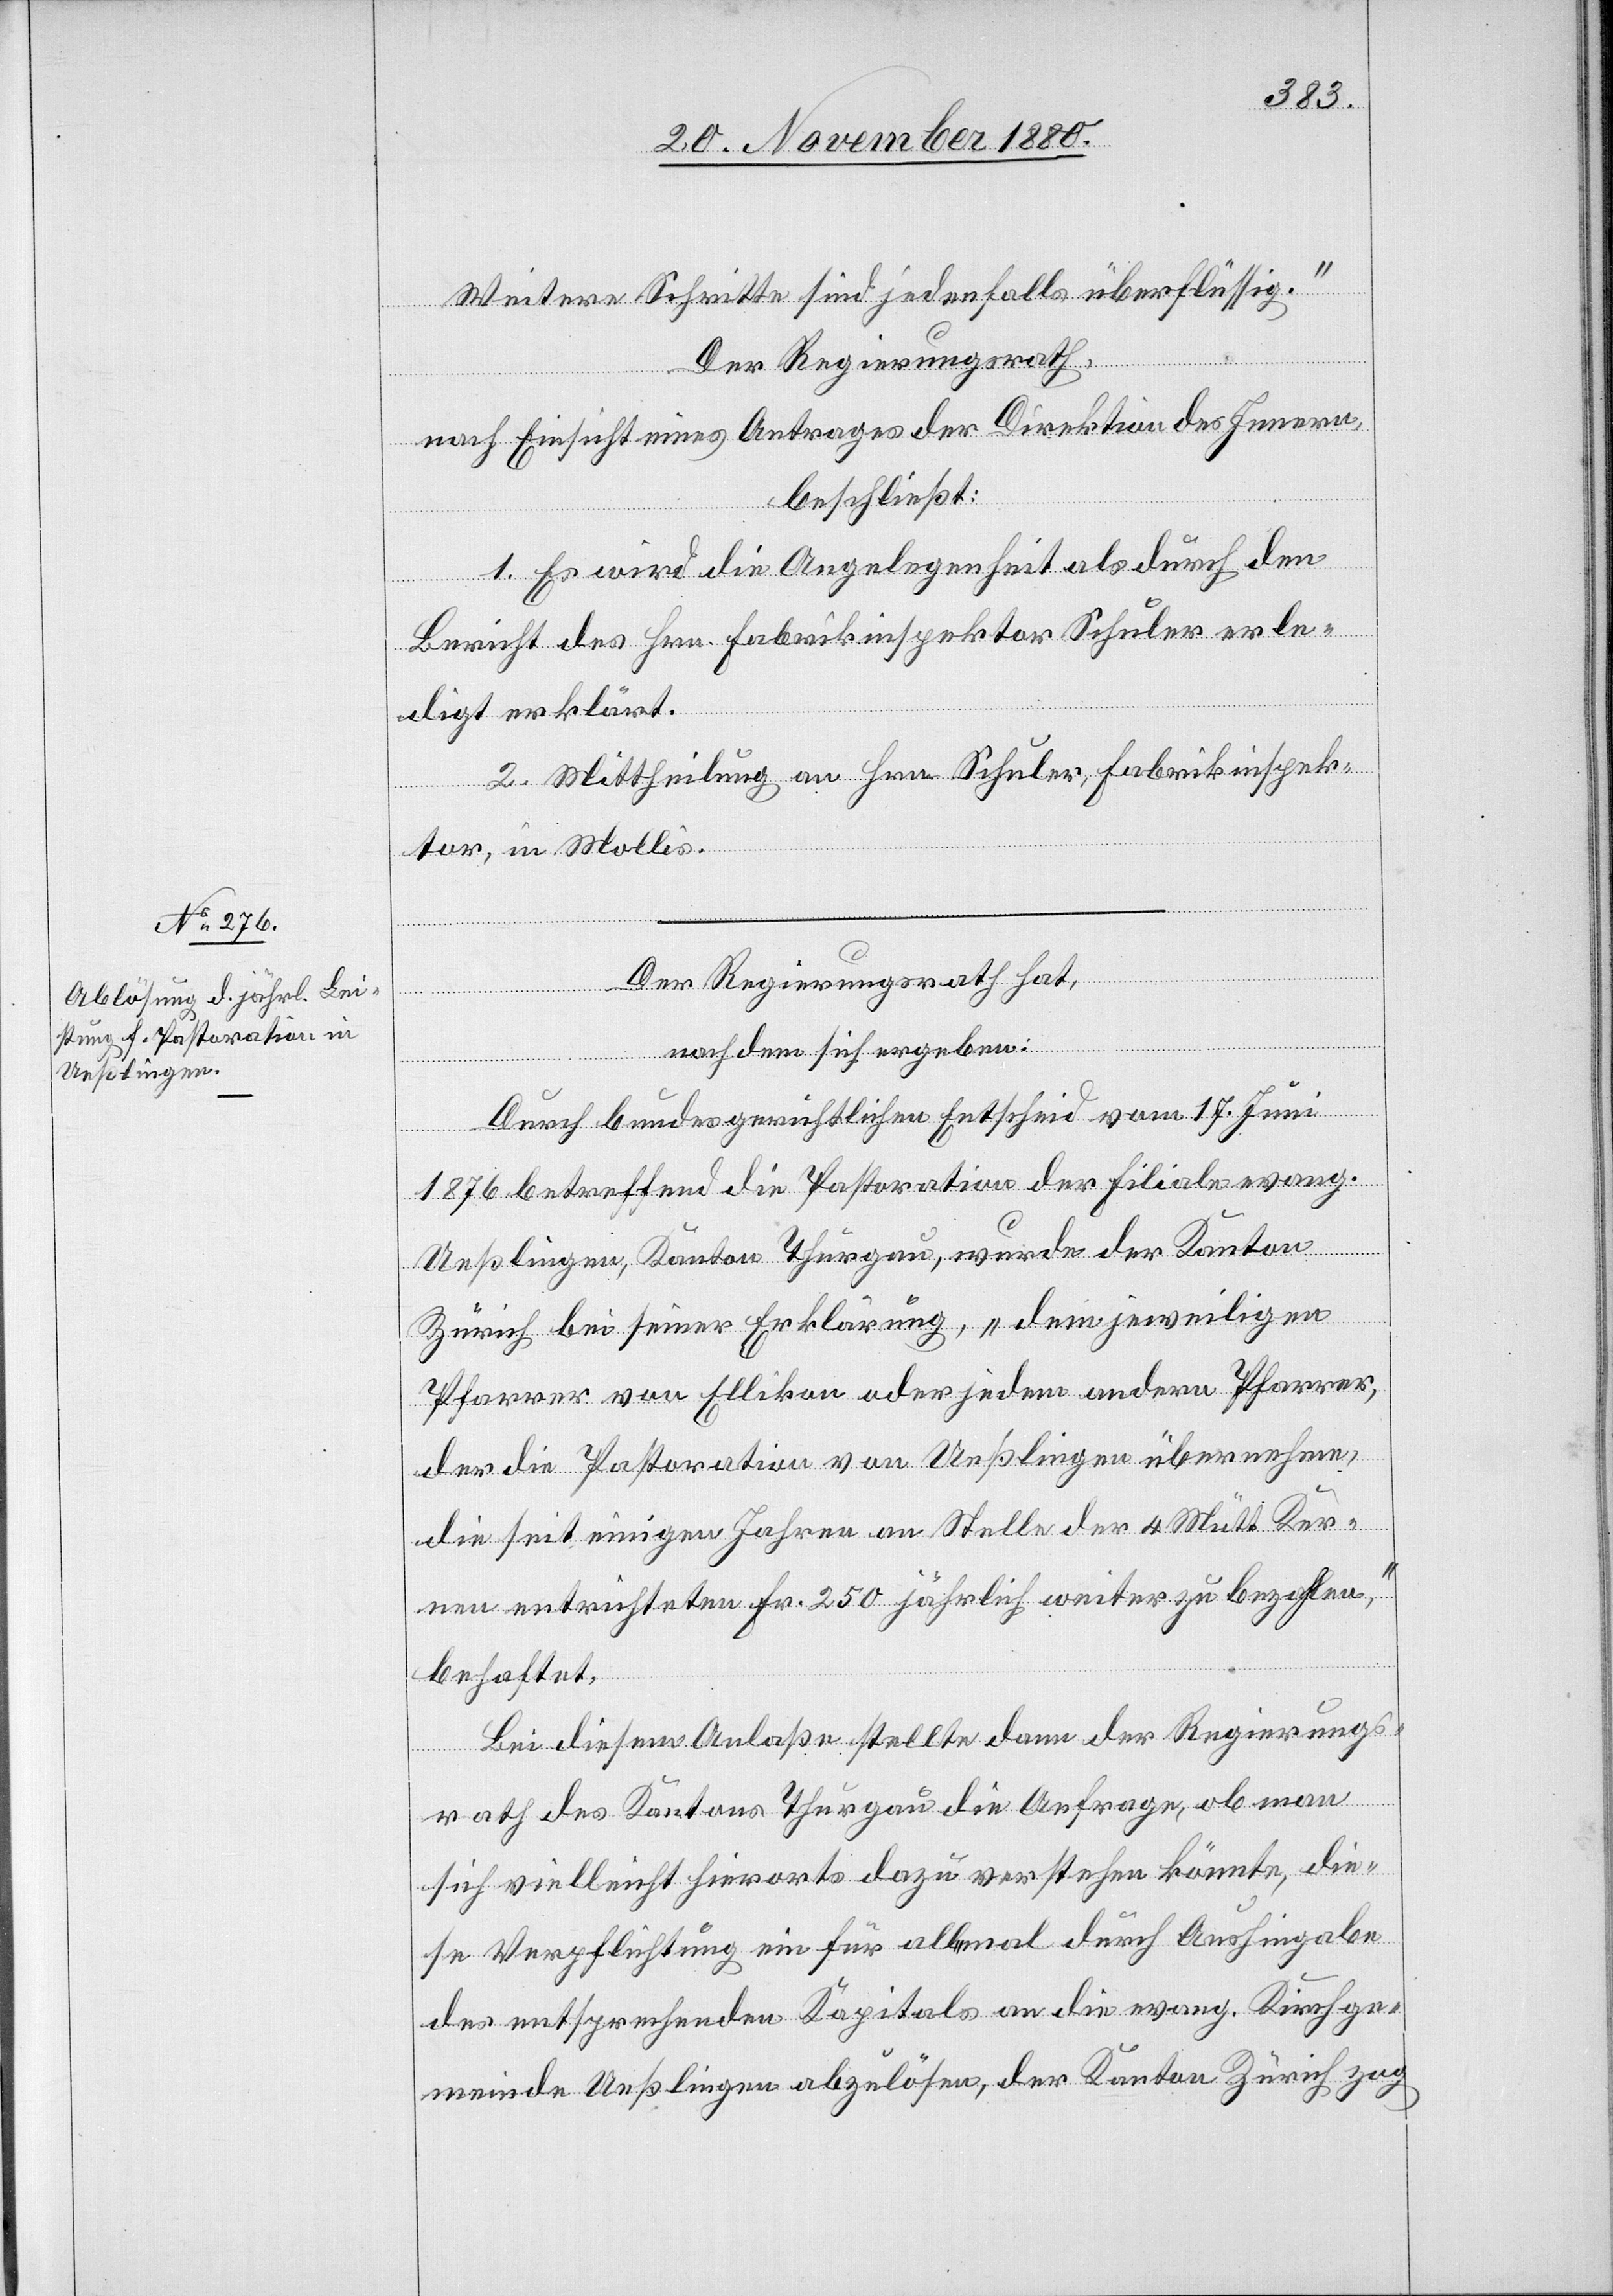
Weitere Schritte sind jedenfalls überflüssig.“
Der Regierungsrath,
nach Einsicht eines Antrages der Direktion des Innern,
beschließt:
1. Es wird die Angelegenheit als durch den
Bericht des Hrn. Fabrikinspektor Schuler erle¬
digt erklärt.
2. Mittheilung an Hrn. Schuler, Fabrikinspek¬
tor, in Mollis.
Der Regierungsrath hat,
nachdem sich ergeben:
Durch bundesgerichtlichen Entscheid vom 17. Juni
1876 betreffend die Pastoration der Filiale evang.
Ueßlingen, Kanton Thurgau, wurde der Kanton
Zürich bei seiner Erklärung, „dem jeweiligen
Pfarrer von Ellikon oder jedem andern Pfarrer,
der die Pastoration von Ueßlignen übernehme,
die seit einigen Jahren an Stelle der 4 Mütt Ker¬
nen entrichteten Fr. 250 jährlich weiter zu bezahlen,“
behaftet.
Bei diesem Anlaße stellte dann der Regierungs¬
rath des Kantons Thurgau die Anfrage, ob man
sich vielleiht hierorts dazu verstehen könnte, die¬
se Verpflichtung ein für allemal durch Aushingabe
des entsprechenden Kapitals an die evang. Kirchge¬
meinde Ueßlingen abzulösen, der Kanton Zürich zog